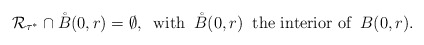
\begin{align*}{\cal R}_{\tau^*}\cap \mathring B(0,r)=\emptyset,\;\;\mbox{\rm with}\;\; \mathring B(0,r) \;\;\mbox{\rm the interior of}\;\; B(0,r).\end{align*}